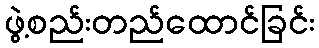
ဖွဲ့စည်းတည်ထောင်ခြင်း